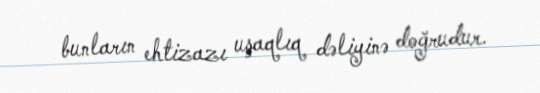
bunların ehtizazı uşaqlıq dəliyinə doğrudur.